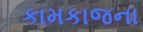
કામકાજના